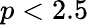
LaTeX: p<2.5